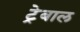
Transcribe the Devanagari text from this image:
ट्रेबाल